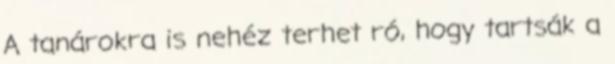
A tanárokra is nehéz terhet ró, hogy tartsák a